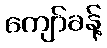
ကျော်ခန့်